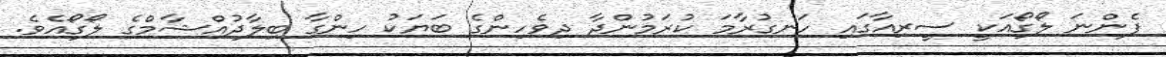
ފެންނަ ލޯގޯއަކީ ސީރިއާގައި ހަނގުރާމަ ކުރަމުންދާ ދިވެހިންގެ ބަޔަކު ހިންގާ ބިލާދުއްޝާމްގެ ލޯގޯއެވެ.